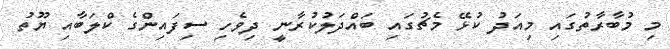
މި މުބާރާތުގައި މިއަދު ކުޅޭ މެޗުގައި ބައްދަލުކުރާނީ ދިވެހި ސިފައިންގެ ކްލަބާއި ޔޫތު